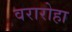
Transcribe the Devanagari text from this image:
वरारोहा